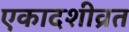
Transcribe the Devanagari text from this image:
एकादशीव्रत